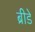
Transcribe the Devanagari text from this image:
ब्रीडे